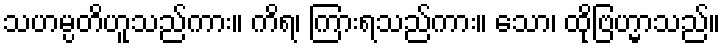
သဟမ္ပတိဟူသည်ကား။ ကိရ၊ ကြားရသည်ကား။ သော၊ ထိုဗြဟ္မာသည်။